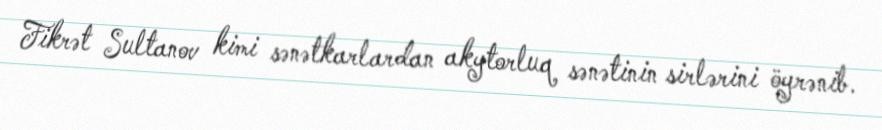
Fikrət Sultanov kimi sənətkarlardan akytorluq sənətinin sirlərini öyrənib.